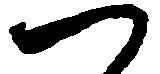
つ